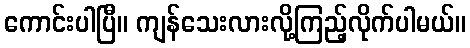
ကောင်းပါပြီ။ ကျန်သေးလားလို့ကြည့်လိုက်ပါမယ်။